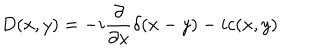
LaTeX: D ( x , y ) = - i \frac { \partial } { \partial x } \delta ( x - y ) - i c ( x , y )